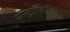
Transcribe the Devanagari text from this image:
अॅस्ट्रॉफिजिकल